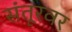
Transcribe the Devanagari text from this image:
संतूरवर